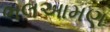
ભલઆમણ